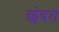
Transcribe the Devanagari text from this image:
छंदत